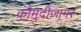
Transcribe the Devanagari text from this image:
कौमुदीजागर